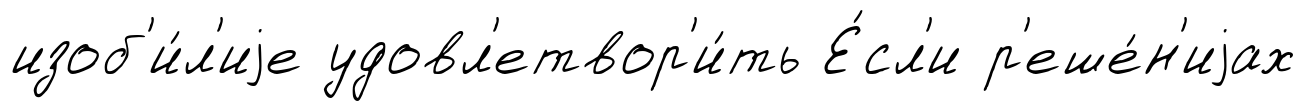
изоб'и́л'иjе удовл'етвор'и́ть Е́сл'и р'еше́н'иjах